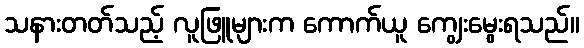
သနားတတ်သည့် လူဖြူများက ကောက်ယူ ကျွေးမွေးရသည်။